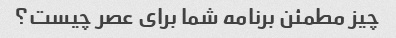
چیز مطمئن برنامه شما برای عصر چیست؟